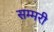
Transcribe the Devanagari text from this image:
सम्मरी